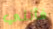
فأنني